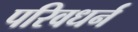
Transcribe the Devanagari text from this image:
परिवधर्न